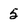
Character: 5